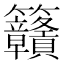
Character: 𥸡